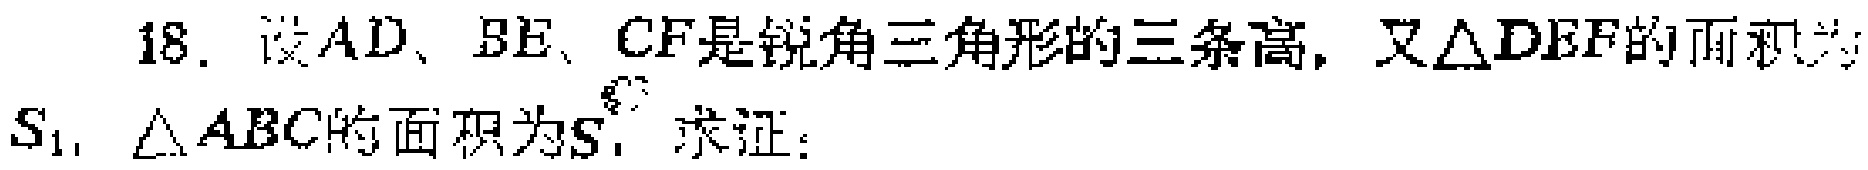
18. 设\(AD\)、\(BE\)、\(CF\)是锐角三角形的三条高，又\(\triangle DEF\)的面积为\(S_{1}\)，\(\triangle ABC\)的面积为\(S\)，求证：